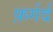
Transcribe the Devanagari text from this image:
फ़र्गर्द